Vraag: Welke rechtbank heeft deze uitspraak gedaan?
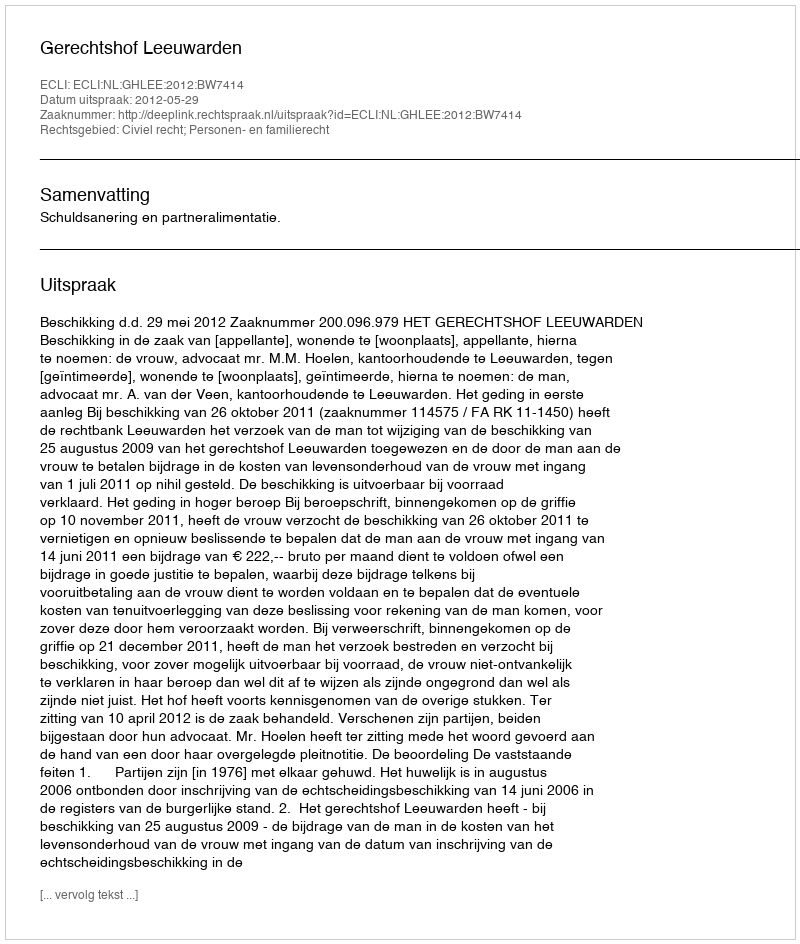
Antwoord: Gerechtshof Leeuwarden